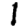
Digit: 1